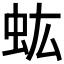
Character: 𧈽